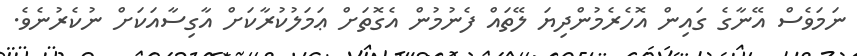
ނަމަވެސް އޭނާގެ ގައިން އޮހެރެމުންދިޔަ ލޭތައް ފެނުމުން އެގޮތަށް ޢަމަލުކުރާކަށް އާގިސާއަކަށް ނުކެރުނެވެ.